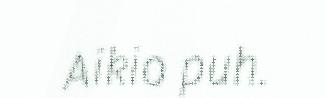
Aikio puh.